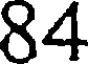
84